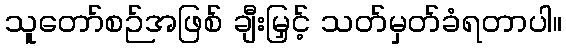
သူတော်စဉ်အဖြစ် ချီးမြှင့် သတ်မှတ်ခံရတာပါ။